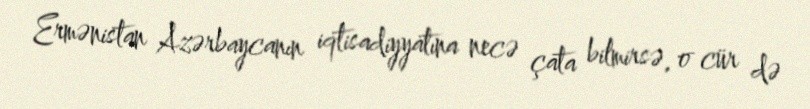
Ermənistan Azərbaycanın iqtisadiyyatına necə çata bilmirsə, o cür də